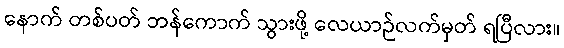
နောက် တစ်ပတ် ဘန်ကောက် သွားဖို့ လေယာဉ်လက်မှတ် ရပြီလား။